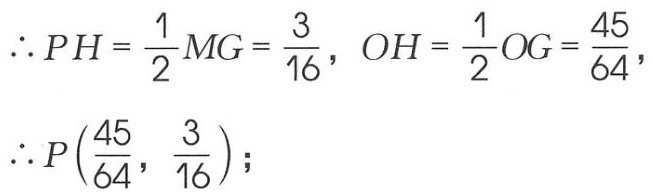
\(\therefore PH=\frac{1}{2}MG=\frac{3}{16},\ OH=\frac{1}{2}OG=\frac{45}{64},\\
\therefore P(\frac{45}{64},\ \frac{3}{16});\)